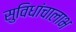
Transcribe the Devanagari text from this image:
सुविधांचालाभ